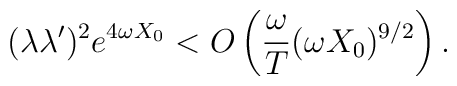
(\lambda \lambda')^2 e^{4 \omega X_0} < O \left( \frac{\omega}{T} (\omega X_0)^{9 / 2}\right) .